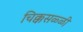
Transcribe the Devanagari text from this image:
चिक्कसळ्ळी